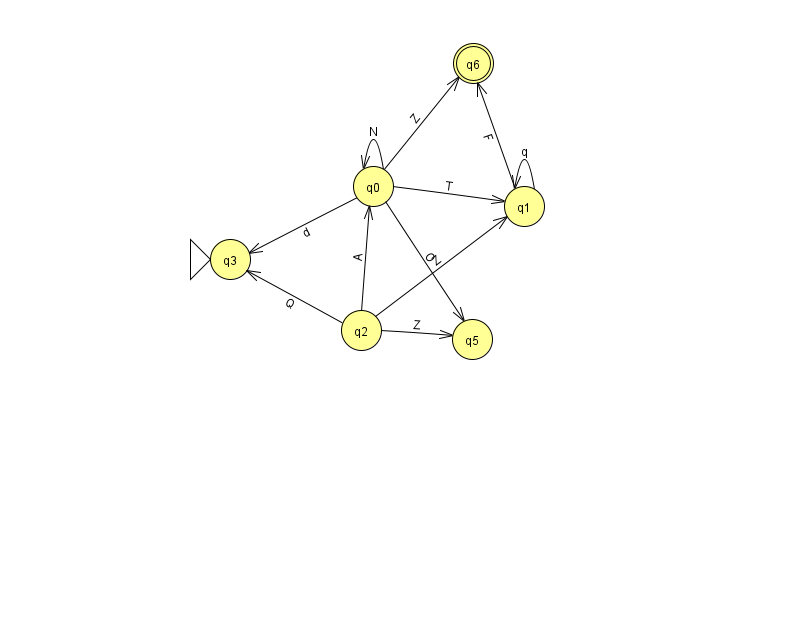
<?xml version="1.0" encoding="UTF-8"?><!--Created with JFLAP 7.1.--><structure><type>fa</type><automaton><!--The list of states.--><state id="0" name="q0"><x>373.0</x><y>173.0</y></state><state id="1" name="q1"><x>524.0</x><y>193.0</y></state><state id="2" name="q2"><x>361.0</x><y>317.0</y></state><state id="3" name="q3"><x>230.0</x><y>246.0</y><initial/></state><state id="5" name="q5"><x>472.0</x><y>326.0</y></state><state id="6" name="q6"><x>473.0</x><y>50.0</y><final/></state><!--The list of transitions.--><transition><from>2</from><to>5</to><read>Z</read></transition><transition><from>1</from><to>1</to><read>q</read></transition><transition><from>2</from><to>1</to><read>Z</read></transition><transition><from>0</from><to>1</to><read>T</read></transition><transition><from>1</from><to>6</to><read>F</read></transition><transition><from>2</from><to>3</to><read>Q</read></transition><transition><from>2</from><to>0</to><read>A</read></transition><transition><from>0</from><to>3</to><read>d</read></transition><transition><from>0</from><to>6</to><read>Z</read></transition><transition><from>0</from><to>5</to><read>O</read></transition><transition><from>0</from><to>0</to><read>N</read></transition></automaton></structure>